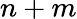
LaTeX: n+m